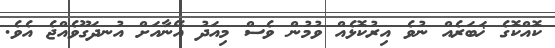
ކޮއްކޮގެ ޚަބަރެއް ނުވެ އިރުކޮޅެއް ވުމުން ވެސް މިއަދު އޭނާއަށް އުނދަގޫވެއްޖެ އެވެ.